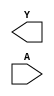
/**
 * Copyright 2020 The SkyWater PDK Authors
 *
 * Licensed under the Apache License, Version 2.0 (the "License");
 * you may not use this file except in compliance with the License.
 * You may obtain a copy of the License at
 *
 *     https://www.apache.org/licenses/LICENSE-2.0
 *
 * Unless required by applicable law or agreed to in writing, software
 * distributed under the License is distributed on an "AS IS" BASIS,
 * WITHOUT WARRANTIES OR CONDITIONS OF ANY KIND, either express or implied.
 * See the License for the specific language governing permissions and
 * limitations under the License.
 *
 * SPDX-License-Identifier: Apache-2.0
 */

`ifndef SKY130_FD_SC_HS__CLKDLYINV3SD2_BLACKBOX_V
`define SKY130_FD_SC_HS__CLKDLYINV3SD2_BLACKBOX_V

/**
 * clkdlyinv3sd2: Clock Delay Inverter 3-stage 0.25um length inner
 *                stage gate.
 *
 * Verilog stub definition (black box without power pins).
 *
 * WARNING: This file is autogenerated, do not modify directly!
 */

`timescale 1ns / 1ps
`default_nettype none

(* blackbox *)
module sky130_fd_sc_hs__clkdlyinv3sd2 (
    Y,
    A
);

    output Y;
    input  A;

    // Voltage supply signals
    supply1 VPWR;
    supply0 VGND;

endmodule

`default_nettype wire
`endif  // SKY130_FD_SC_HS__CLKDLYINV3SD2_BLACKBOX_V